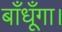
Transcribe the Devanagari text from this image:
बाँधूँगा।